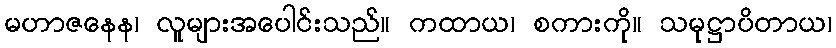
မဟာဇနေန၊ လူများအပေါင်းသည်။ ကထာယ၊ စကားကို။ သမုဋ္ဌာပိတာယ၊